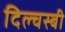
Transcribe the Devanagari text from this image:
दिल्चस्बी